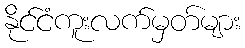
နိုင်ငံကူးလက်မှတ်များ